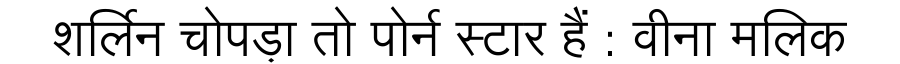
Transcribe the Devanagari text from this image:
शर्लिन चोपड़ा तो पोर्न स्टार हैं : वीना मलिक